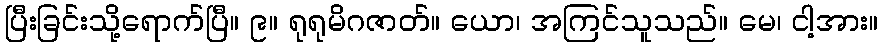
ပြီးခြင်းသို့ရောက်ပြီ။ ၉။ ရုရုမိဂဇာတ်။ ယော၊ အကြင်သူသည်။ မေ၊ ငါ့အား။